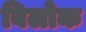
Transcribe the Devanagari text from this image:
बिलोक